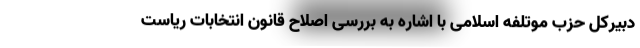
دبیرکل حزب موتلفه اسلامی با اشاره به بررسی اصلاح قانون انتخابات ریاست